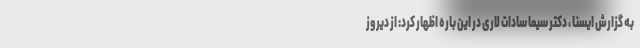
به گزارش ایسنا ، دکتر سیما سادات لاری در این باره اظهار کرد: از دیروز